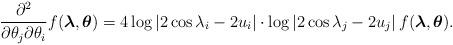
LaTeX: \begin{align*} \frac{\partial^{2}}{\partial \theta_{j} \partial \theta_{i}} f(\boldsymbol{\lambda},\boldsymbol{\theta }) = 4\log\left|2\cos\lambda_{i}-2u_{i}\right|\cdot \log\left|2\cos\lambda_{j}-2u_{j}\right| f(\boldsymbol{\lambda},\boldsymbol{\theta}). \end{align*}